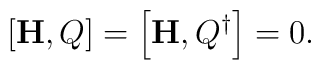
\left[ {\bf H}, Q \right] = \left[ {\bf H}, Q^\dagger \right] = 0.